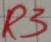
Text: R3